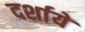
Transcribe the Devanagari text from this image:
दर्शायें